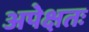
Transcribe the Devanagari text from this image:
अपेक्षतः